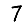
Digit: 7